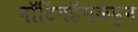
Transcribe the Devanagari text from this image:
नॉटिंगहॅमकडून